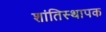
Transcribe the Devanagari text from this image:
शांतिस्थापक